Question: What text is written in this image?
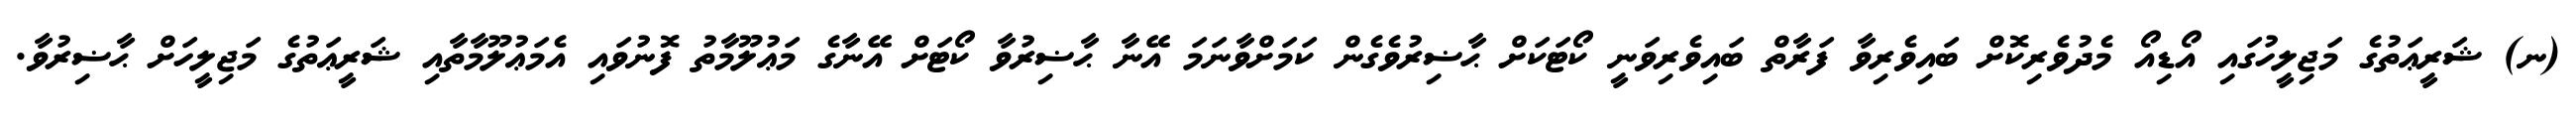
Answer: (ނ) ޝަރީޢަތުގެ މަޖިލީހުގައި އޯޑިއޯ މެދުވެރިކޮށް ބައިވެރިވާ ފަރާތް ބައިވެރިވަނީ ކޯޓަކަށް ޙާޟިރުވެގެން ކަމަށްވާނަމަ އޭނާ ޙާޟިރުވާ ކޯޓަށް އޭނާގެ މަޢުލޫމާތު ފޮނުވައި އެމަޢުލޫމާތާއި ޝަރީޢަތުގެ މަޖިލީހަށް ޙާޟިރުވާ.